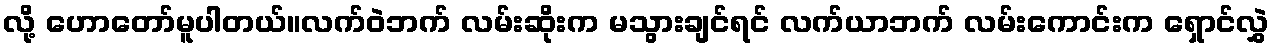
လို့ ဟောတော်မူပါတယ်။လက်ဝဲဘက် လမ်းဆိုးက မသွားချင်ရင် လက်ယာဘက် လမ်းကောင်းက ရှောင်လွှဲ